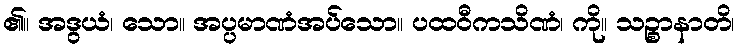
၏။ အဒွယံ၊ သော။ အပ္ပမာဏံအပ်သော။ ပထဝီကသိဏံ၊ ကို။ သဉ္စာနာတိ၊